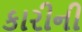
કારીની